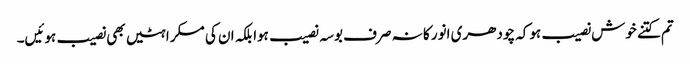
تم کتنے خوش نصیب ہوکہ چودھری انور کا نہ صرف بوسہ نصیب ہوا بلکہ ان کی مسکراہٹیں بھی نصیب ہوئیں۔